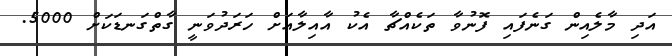
އަދި މާލެއިން ގަނެފައި ފޮނުވާ ތަކެއްޗާ އެކު އާއިލާއަށް ހަރަދުވަނީ ގާތްގަނޑަކަށް 5000.